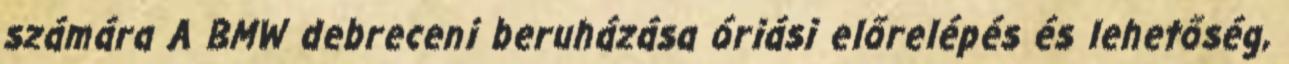
számára A BMW debreceni beruházása óriási előrelépés és lehetőség,